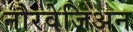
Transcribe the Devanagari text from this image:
नौरवेजिअन